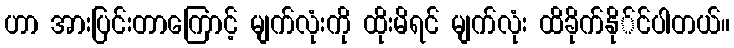
ဟာ အားပြင်းတာကြောင့် မျက်လုံးကို ထိုးမိရင် မျက်လုံး ထိခိုက်နို်င်ပါတယ်။